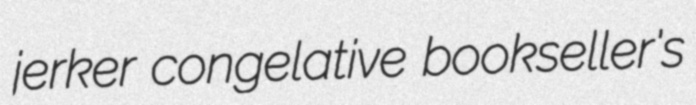
jerker congelative bookseller's